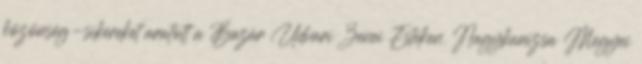
közönség-sikereket aratott a Bazár Udvari Zenei Esteken. Nagykanizsa Megyei